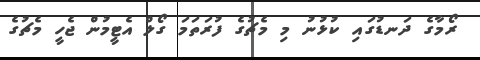
ރޯމާގެ ދަނޑުގައި ކުޅުނު މި މެޗުގެ ފުރަތަމަ ގޯލް އެޓީމުން ޖެހީ މެޗުގެ